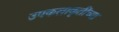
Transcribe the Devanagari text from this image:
उपकलाकृतींच्या